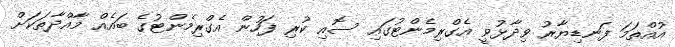
އުއްތަމަ ފަނޑިޔާރު ވިދާޅުވީ އެގްރިމެންޓުގައި ސޮއި ކުރި ފަހުން އެގްރިމެންޓުގެ ބައެއް މާއްދާތަކަށް